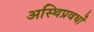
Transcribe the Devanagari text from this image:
अस्थिप्रवर्धों